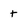
Character: t